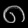
Digit: ၈